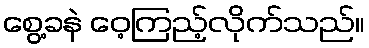
စွေ့ခနဲ ဝေ့ကြည့်လိုက်သည်။